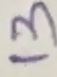
Text: 13